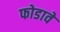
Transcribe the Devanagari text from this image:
फोडावे